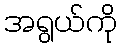
အရွယ်ကို